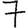
Digit: 7